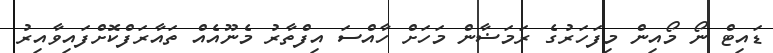
ޑައިޓް ނޯ މޯއިން މިފަހަރުގެ ރަމަޟާން މަހަށް ހާއްސަ އިފްތާރު މެނޫއެއް ތައާރަފްކޮށްފައިވާއިރު